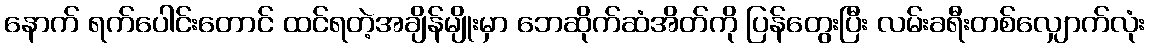
နောက် ရက်ပေါင်းတောင် ထင်ရတဲ့အချိန်မျိုးမှာ ဘေဆိုက်ဆံအိတ်ကို ပြန်တွေးပြီး လမ်းခရီးတစ်လျှောက်လုံး